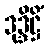
ဒုဒ္ဒိဋ္ဌိံ